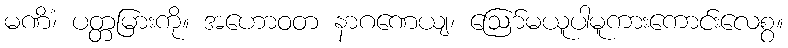
မဏိံ၊ ပတ္တမြားကို။ အဟောဝတ နာဂဏေယျ၊ ဩော်မယူပါမူကားကောင်းလေစွ။